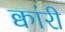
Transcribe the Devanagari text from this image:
क्वांरी